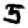
Digit: 5